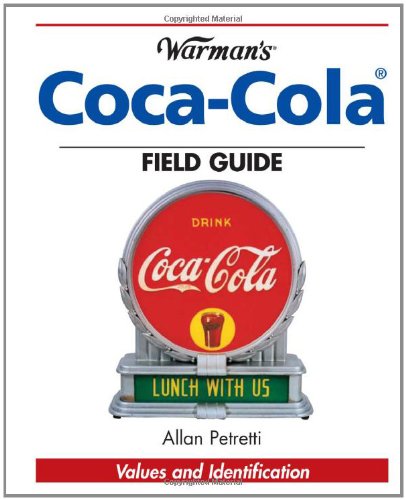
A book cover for Warman's Coca-Cola Field Guide: Values and Identification (Warman's Field Guide); Allan Petretti; Crafts, Hobbies & Home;